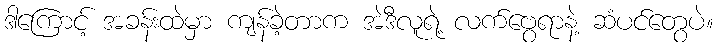
ဒါကြောင့် အခန်းထဲမှာ ကျန်ခဲ့တာက အဲဒီလူရဲ့ လက်ဗွေရာနဲ့ ဆံပင်တွေပဲ။